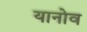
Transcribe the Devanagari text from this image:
यानोव